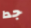
جدا